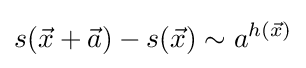
s({\vec {x}}+{\vec {a}})-s({\vec {x}})\sim a^{h({\vec {x}})}